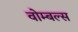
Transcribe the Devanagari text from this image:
वोम्बल्स